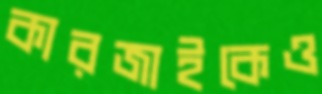
কারজাইকেও